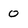
Character: 0